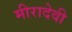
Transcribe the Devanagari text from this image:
मीरादेवी